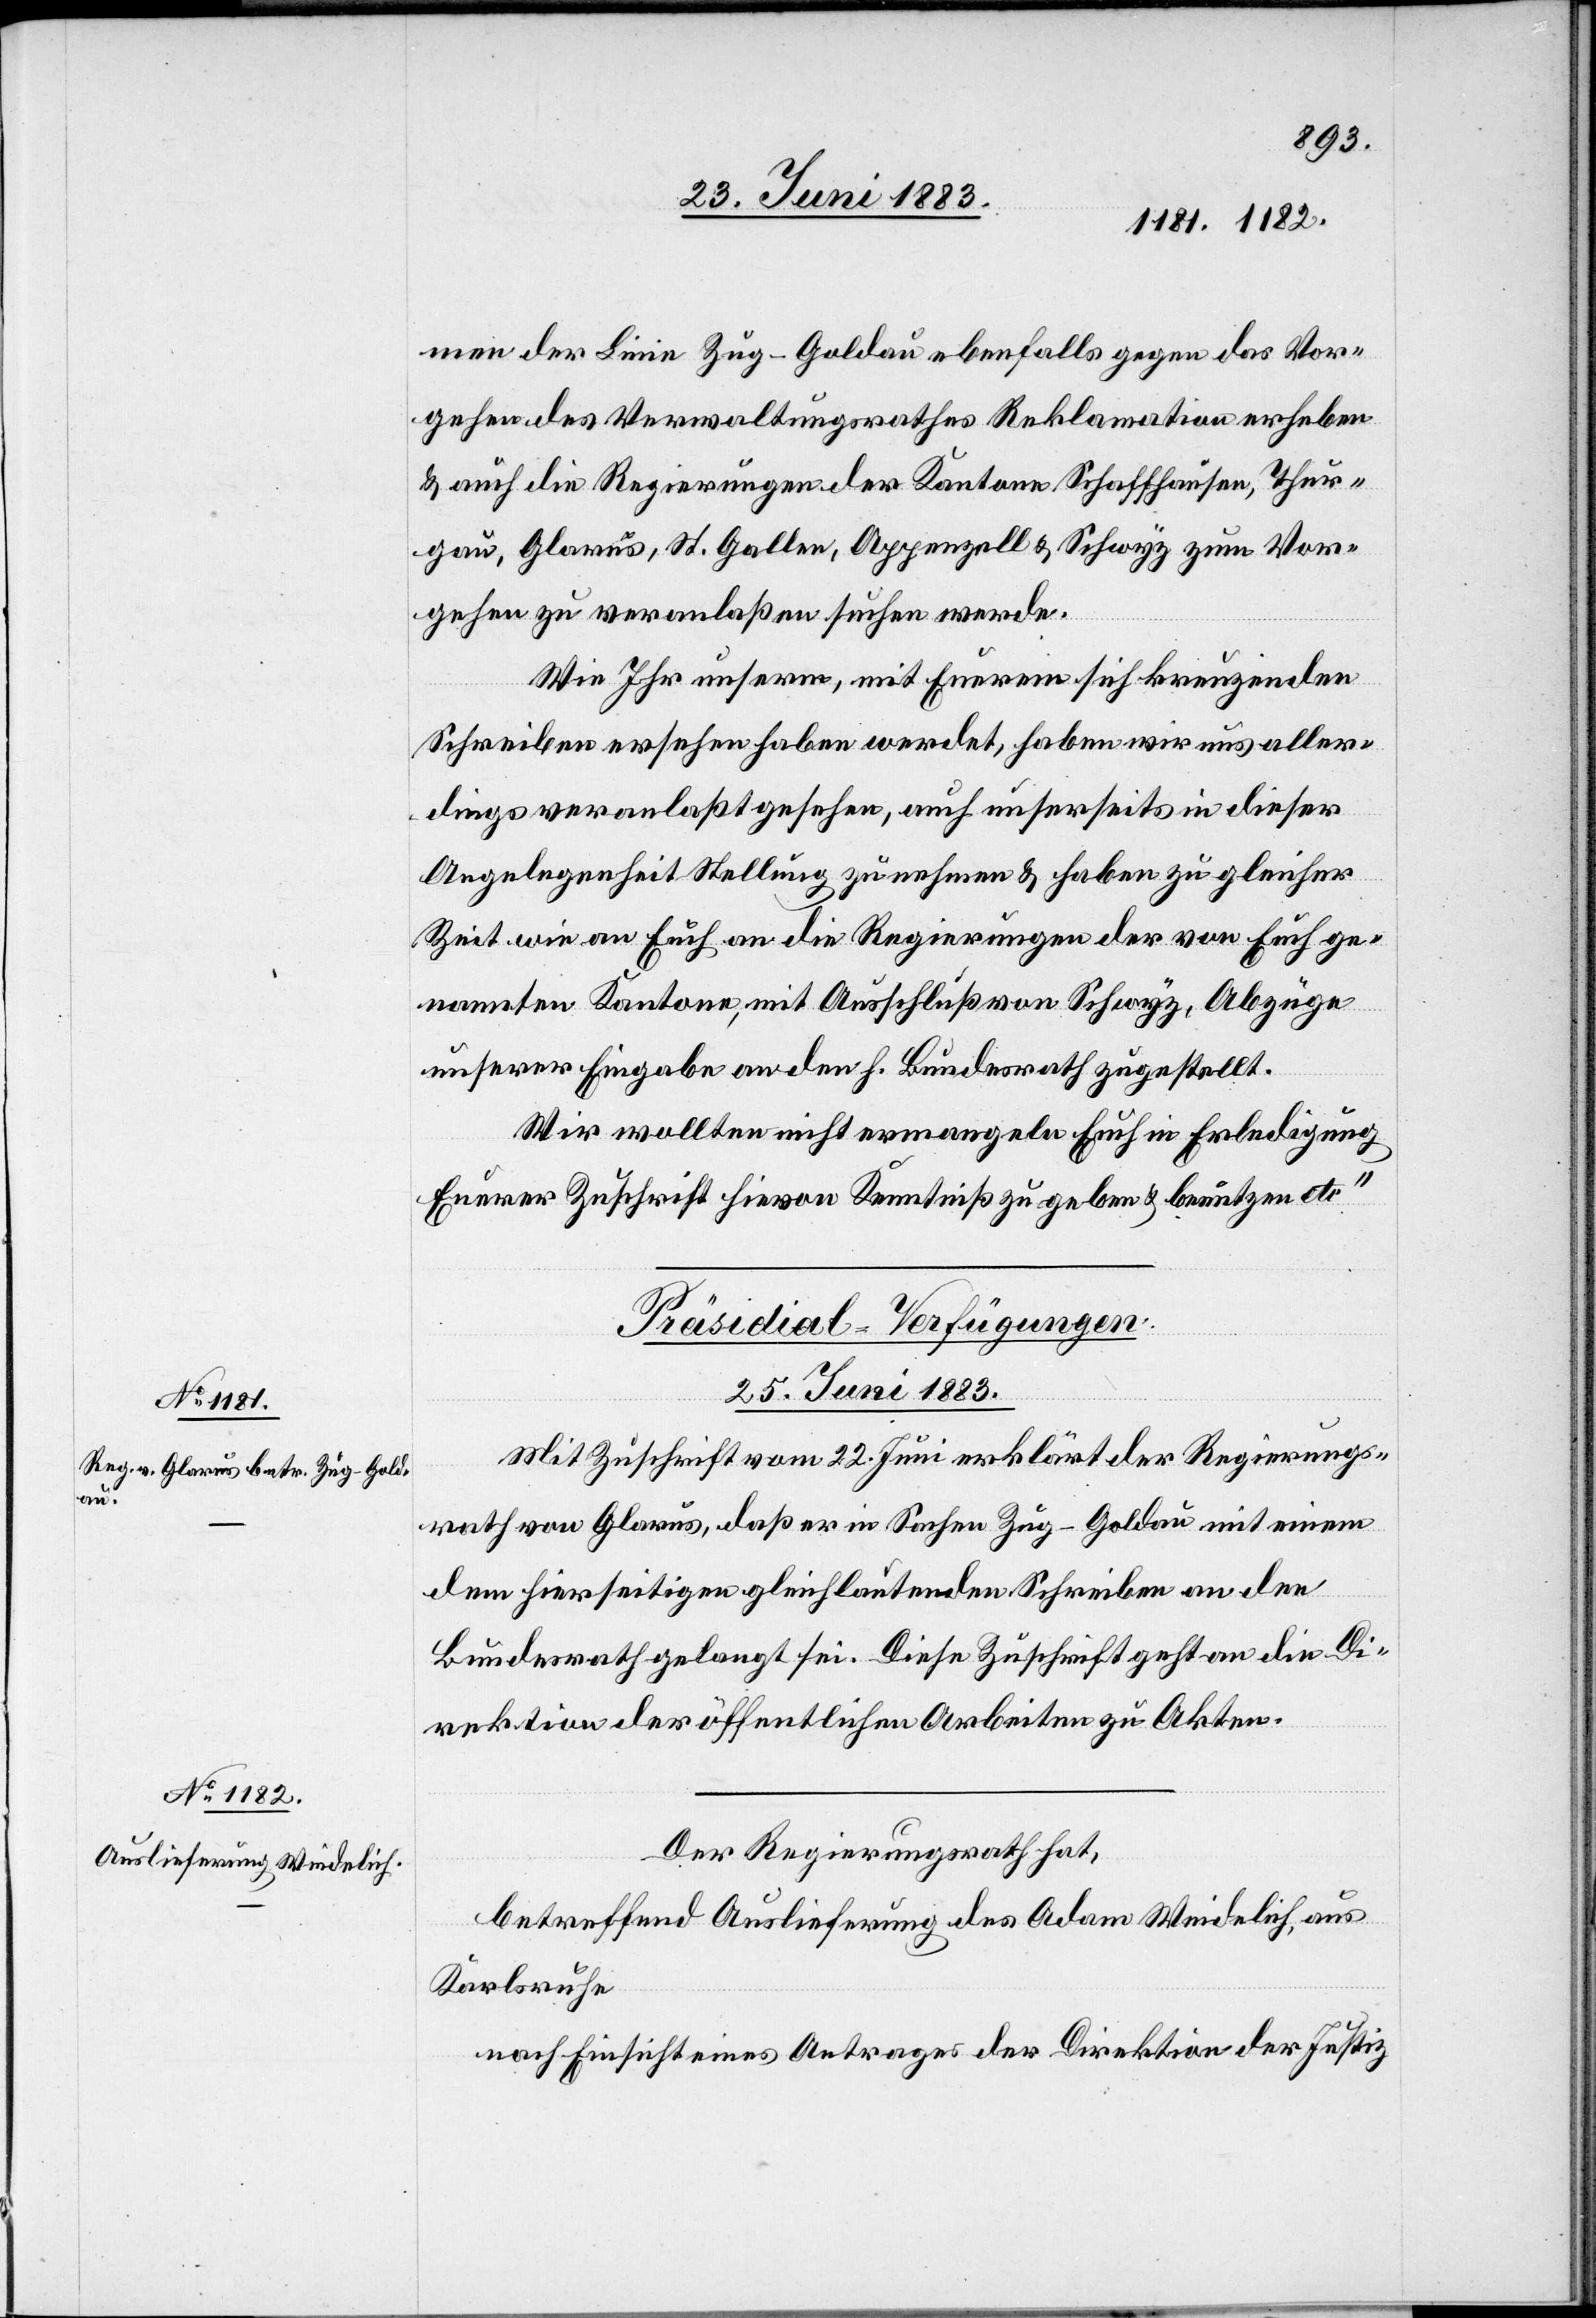
men der Linie Zug–Goldau ebenfalls gegen das Vor¬
gehen des Verwaltungsrathes Reklamation erheben
& auch die Regierungen der Kantone Schaffhausen, Thur¬
gau, Glarus, St. Gallen, Appenzell & Schwyz zum Vor¬
gehen zu veranlaßen suchen werde[n].
Wie Ihr unserm, mit Euerem sich kreuzenden
Schreiben ersehen haben werdet, haben wir uns aller¬
dings veranlaßt gesehen, auch unserseits in dieser
Angelegenheit Stellung zu nehmen & haben zu gleicher
Zeit wie an Euch an die Regierungen der von Euch ge¬
nannten Kantone, mit Ausschluß von Schwyz, Abzüge
unserer Eingabe an den h. Bundesrath zugestellt.
Wir wollten nicht ermangeln Euch in Erledigung
Euerer Zuschrift hievon Kenntniß zu geben & benützen etc.“
[Präsidial-Verfügungen.
25. Juni 1883.]
Mit Zuschrift vom 22. Juni erklärt der Regierungs¬
rath von Glarus, daß er in Sachen Zug–Goldau mit einem
dem hierseitigen gleichlautenden Schreiben an den
Bundesrath gelangt sei. Diese Zuschrift geht an die Di¬
rektion der öffentlichen Arbeiten zu Akten.
Der Regierungsrath hat,
betreffend Auslieferung des Adam Weidelich, aus
Karlsruhe
nach Einsicht eines Antrages der Direktion der Justiz